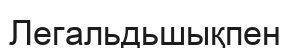
Легальдьшықпен